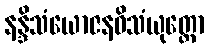
နန္ဒိသံယောဇနဝိသံယုတ္တော